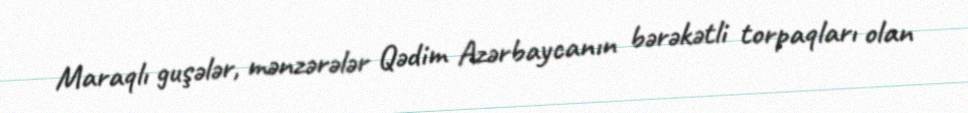
Maraqlı guşələr, mənzərələr Qədim Azərbaycanın bərəkətli torpaqları olan